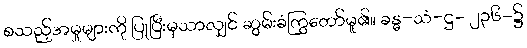
စသည့်အမှုများကို ပြုပြီးမှသာလျှင် ဆွမ်းခံကြွတော်မူ၏။ ခန္ဓ-သံ-ဋ္ဌ- ၂၃၆-၌